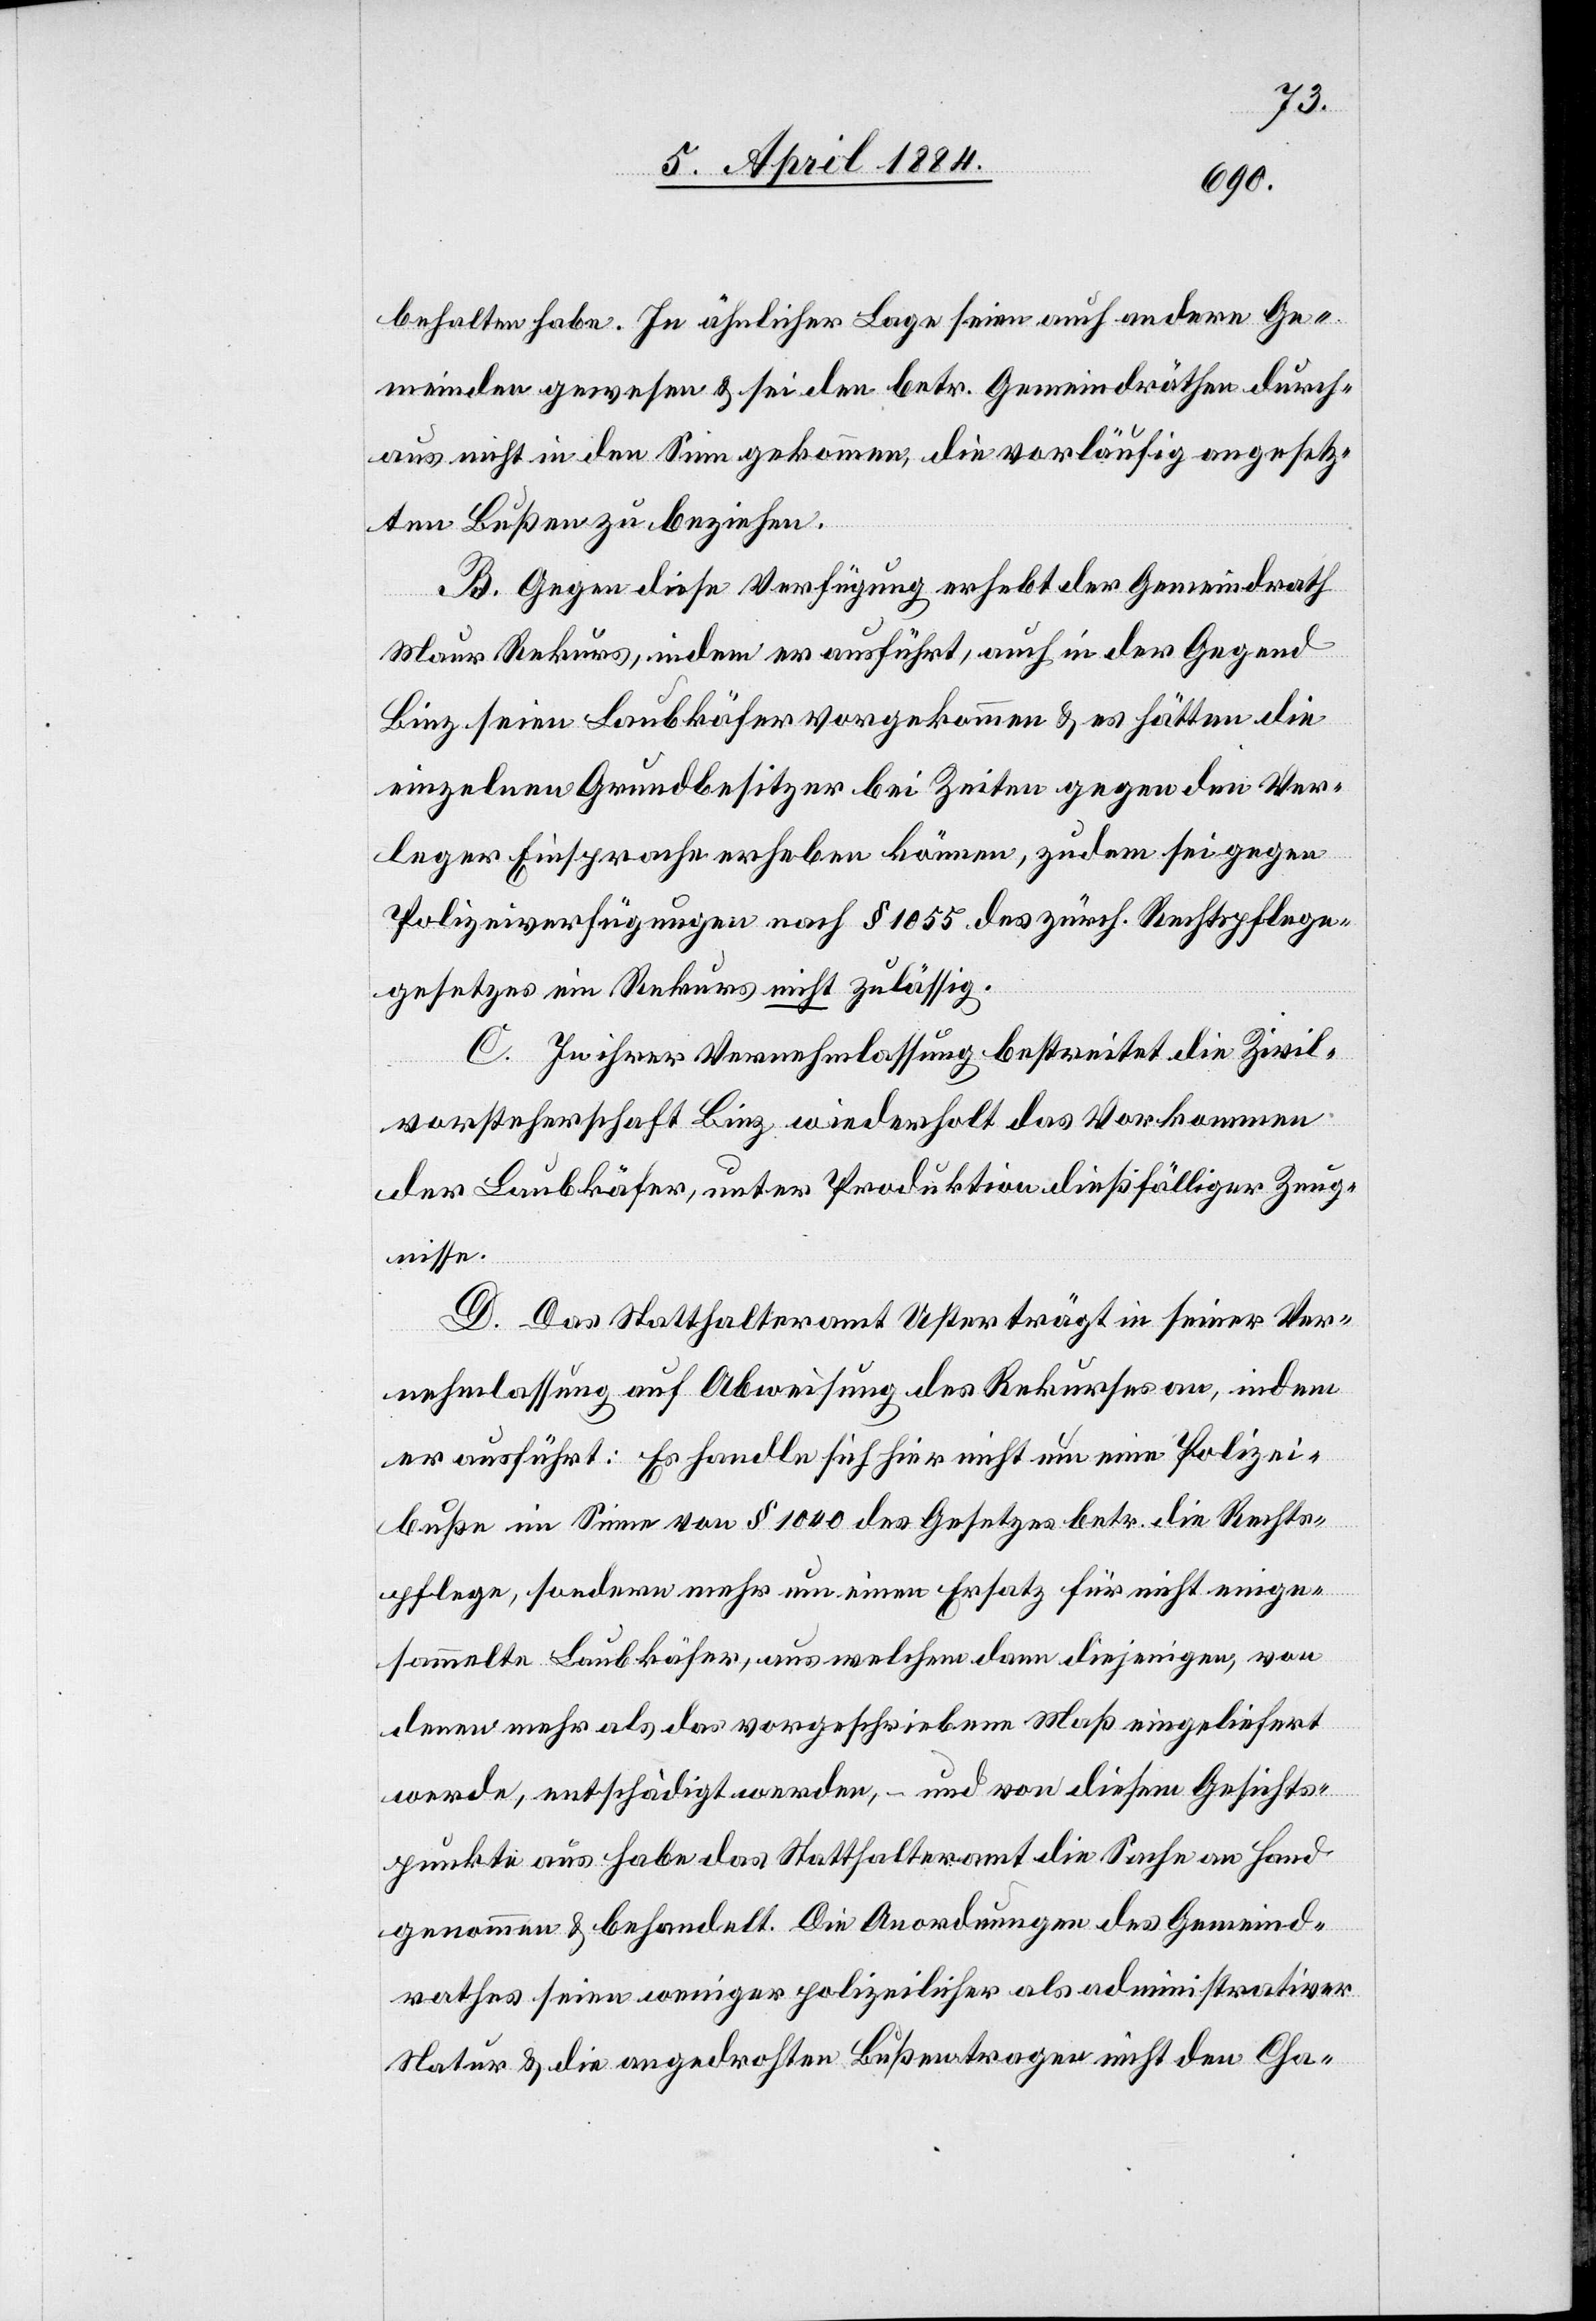
behalten habe. In ähnlicher Lage seine auch andere Ge¬
meinden gewesen & sei den betr. Gemeindräthen durch¬
aus nicht in den Sinn gekommen, die vorläufig angesetz¬
ten Bußen zu beziehen.
B. Gegen diese Verfügung erhebt der Gemeindrath
Maur Rekurs, indem er ausführt, auch in der Gegend
Binz seien Laubkäfer vorgekommen & es hätten die
einzelnen Grundbesitzer bei Zeiten gegen den Ver¬
leger Einsprache erheben können, zudem sei gegen
Polizeiverfügungen nach § 1055 des zürch. Rechtspflege¬
gesetzes ein Rekurs nicht zulässig.
C. In ihrer Vernehmlassung bestreitet die Zivil¬
vorsteherschaft Binz widerholt das Vorkommen
der Laubkäfer, unter Produktion dießfälliger Zeug¬
nisse.
D. Das Statthalteramt Uster trägt in seiner Ver¬
nehmlassung auf Abweisung des Rekurses an, indem
er ausführt: Es handle sich hier nicht um eine Polizei¬
buße im Sinne von § 1040 des Gesetzes betr. die Rechts¬
pflege, sondern mehr um einen Ersatz für nicht einge¬
sammelte Laubkäfer, aus welchem dann diejenigen, von
denen mehr als das vorgeschriebene Maß eingeliefert
werde, entschädigt werden, – und von diesem Gesichts¬
punkte aus habe das Statthalteramt die Sache an Hand
genommen & behandelt. Die Anordnungen des Gemeind¬
rathes seien weniger polizeilicher als administrativer
Natur & die angedrohten Bußen tragen nicht den Cha-